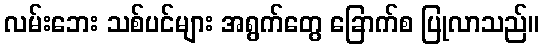
လမ်းဘေး သစ်ပင်များ အရွက်တွေ ခြောက်စ ပြုလာသည်။